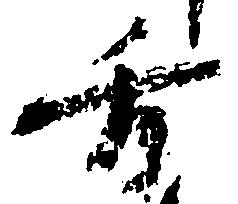
方